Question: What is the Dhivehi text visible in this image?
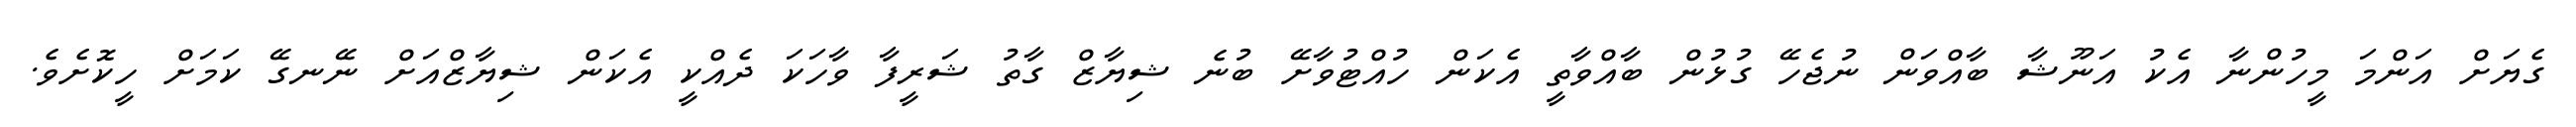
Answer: ގެޔަށް އަންމަ މީހުންނާ އެކު އަނޫޝާ ބާއްވަން ނުޖެހޭ ގުޅުން ބާއްވާތީ އެކަން ހުއްޓުވާށޭ ބުނެ ޝިޔާޒް ގާތު ޝަރީފާ ވާހަކަ ދެއްކީ އެކަން ޝިޔާޒްއަށް ނޭނގޭ ކަމަށް ހީކޮށެވެ.